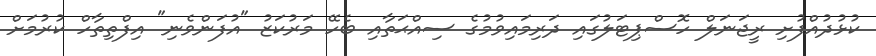
ކުޅުދުއްފުށި ރީޖަނަލް ހޮސްޕިޓަލުގައި ދަރިމައިވުމުގެ ސިއްޙަތާއި ބެހޭ މަރުކަޒު "އުފަންވެނި" އިފްތިތާހް ކުރުމަށް